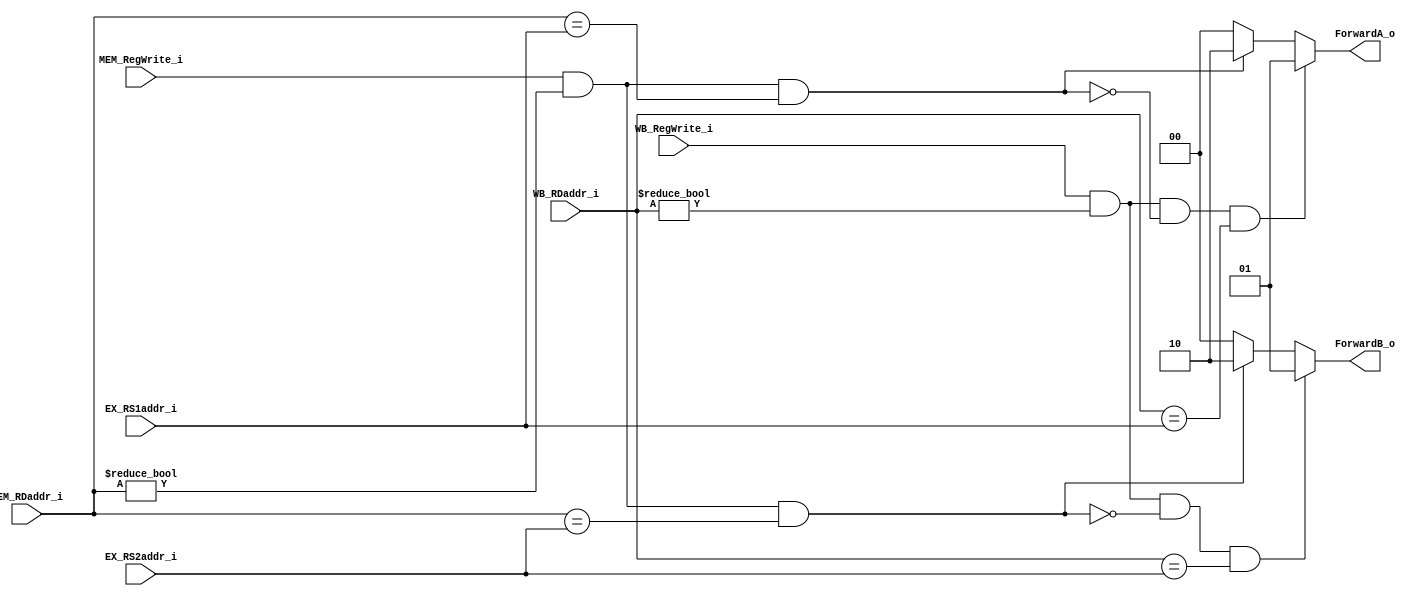
module Forwarding
(
    EX_RS1addr_i,
    EX_RS2addr_i,
    MEM_RegWrite_i,
    MEM_RDaddr_i,
    WB_RegWrite_i,
    WB_RDaddr_i,
    ForwardA_o,
    ForwardB_o
);

input   [4:0]   EX_RS1addr_i;
input   [4:0]   EX_RS2addr_i;
input           MEM_RegWrite_i;
input   [4:0]   MEM_RDaddr_i;
input           WB_RegWrite_i;
input   [4:0]   WB_RDaddr_i;
output  [1:0]   ForwardA_o;
output  [1:0]   ForwardB_o;

reg  [1:0]  ForwardA_o;
reg  [1:0]  ForwardB_o;

always@(EX_RS1addr_i or EX_RS2addr_i or MEM_RegWrite_i or MEM_RDaddr_i or WB_RegWrite_i or WB_RDaddr_i)begin
    ForwardA_o = 2'b00;
    ForwardB_o = 2'b00;
    //EX hazard
    if(MEM_RegWrite_i && (MEM_RDaddr_i != 0) && (MEM_RDaddr_i == EX_RS1addr_i))begin
        ForwardA_o = 2'b10;
    end

    if(MEM_RegWrite_i && (MEM_RDaddr_i != 0) && (MEM_RDaddr_i == EX_RS2addr_i))begin
        ForwardB_o = 2'b10;
    end

    //MEM hazard
    if(WB_RegWrite_i && (WB_RDaddr_i != 0) && !(MEM_RegWrite_i && (MEM_RDaddr_i != 0) && (MEM_RDaddr_i == EX_RS1addr_i)) &&(WB_RDaddr_i == EX_RS1addr_i))begin
        ForwardA_o = 2'b01;
    end

    if(WB_RegWrite_i && (WB_RDaddr_i != 0) && !(MEM_RegWrite_i && (MEM_RDaddr_i != 0) && (MEM_RDaddr_i == EX_RS2addr_i)) &&(WB_RDaddr_i == EX_RS2addr_i))begin
        ForwardB_o = 2'b01;
    end

end

endmodule